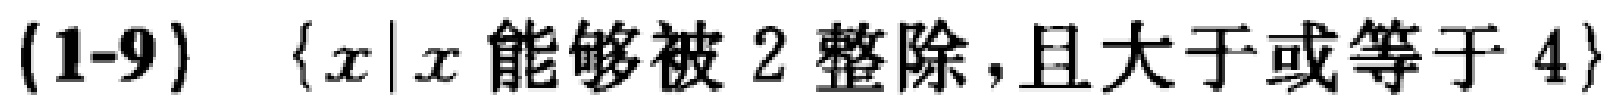
(1-9) \(\{x|x\text{ 能够被 }2\text{ 整除，且大于或等于 }4\}\)